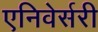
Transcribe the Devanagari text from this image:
एनिवेर्सरी